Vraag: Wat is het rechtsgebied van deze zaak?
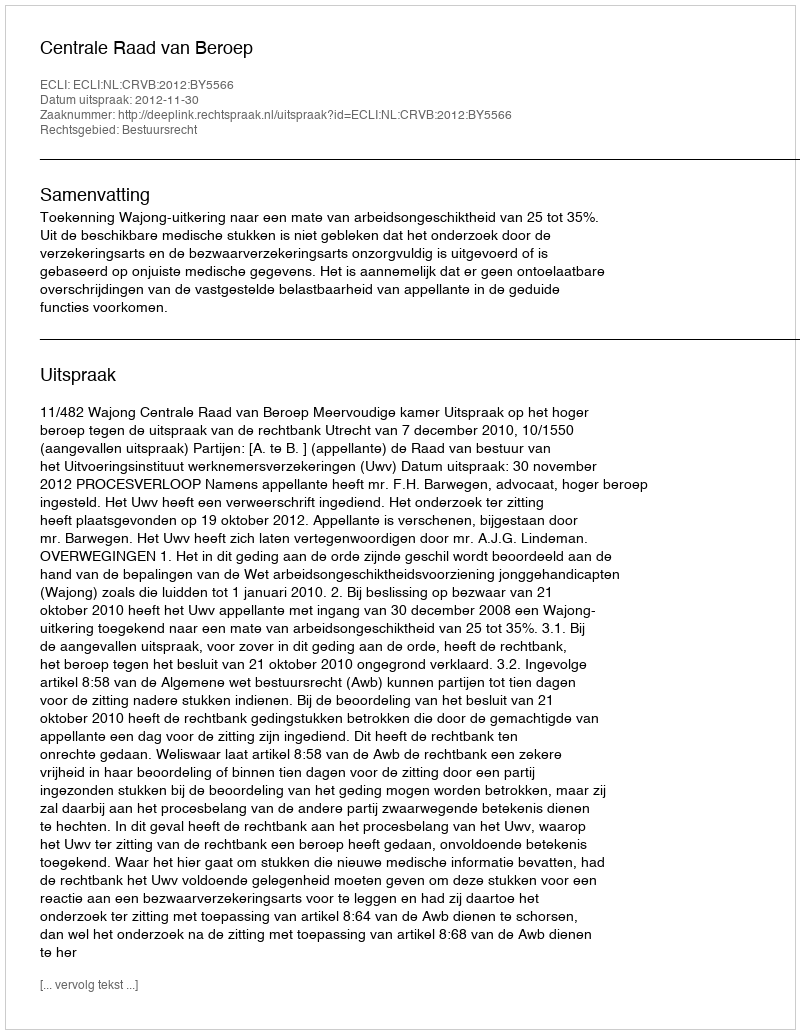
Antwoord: Bestuursrecht